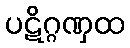
ပဋိဂ္ဂဏှထ